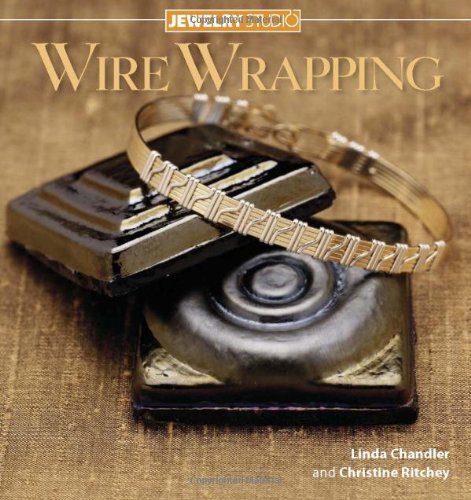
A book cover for Jewelry Studio: Wire Wrapping; Linda Chandler; Crafts, Hobbies & Home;